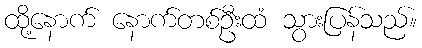
ထို့နောက် နောက်တစ်ဦးထံ သွားပြန်သည်။